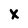
Character: x